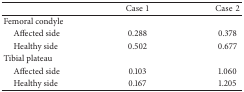
<table><thead><tr><td><b> </b></td><td><b>Case1</b></td><td><b>Case2</b></td></tr></thead><tbody><tr><td>Femoral condyle</td><td> </td><td> </td></tr><tr><td> Affected side</td><td>0.288</td><td>0.378</td></tr><tr><td> Healthy side</td><td>0.502</td><td>0.677</td></tr><tr><td>Tibial plateau</td><td> </td><td> </td></tr><tr><td> Affected side</td><td>0.103</td><td>1.060</td></tr><tr><td> Healthy side</td><td>0.167</td><td>1.205</td></tr></tbody></table>